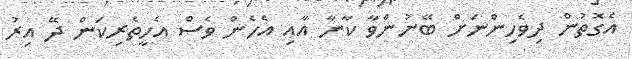
އެގޮތުން ދިވެހިންނަށް ބޭނުންވާ ކާނާ އާއި އެހެން ވެސް އެހީތެރިކަން ދޭ އިރު